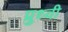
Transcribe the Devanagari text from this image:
प्रुथ्वी